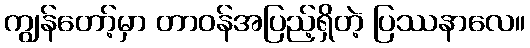
ကျွန်တော့်မှာ တာဝန်အပြည့်ရှိတဲ့ ပြဿနာလေ။